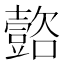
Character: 𲂟